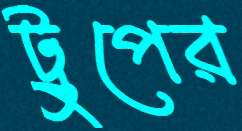
ট্রুপের